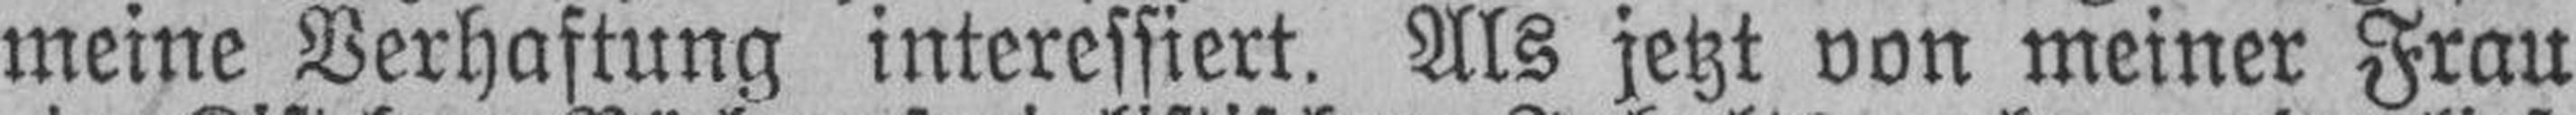
meine Verhaftung interessiert. Als jetzt von meiner Frau